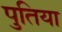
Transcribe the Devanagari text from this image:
पुतिया